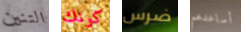
التنين كونك ضرس أساعدهم